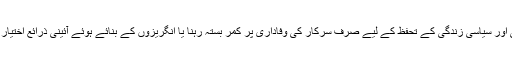
انھیں اب آکر احساس ہوا کہ اپنی قومی اور سیاسی زندگی کے تحفظ کے لیے صرف سرکار کی وفاداری پر کمر بستہ رہنا یا انگریزوں کے بنائے ہوئے آئینی ذرائع اختیار کیے رکھنا ناکافی اور بے معنی ہے۔